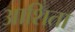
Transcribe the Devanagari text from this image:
आशिता